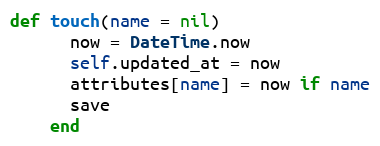
Language: Ruby
def touch(name = nil)
      now = DateTime.now
      self.updated_at = now
      attributes[name] = now if name
      save
    end